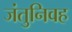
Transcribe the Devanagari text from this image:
जंतुनिवह